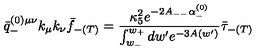
\bar { q } _ { - } ^ { ( 0 ) \mu \nu } k _ { \mu } k _ { \nu } \bar { f } _ { - ( T ) } = \frac { \kappa _ { 5 } ^ { 2 } e ^ { - 2 A _ { -- } \alpha _ { - } ^ { ( 0 ) } } } { \int _ { w _ { - } } ^ { w _ { + } } d w ^ { \prime } e ^ { - 3 A ( w ^ { \prime } ) } } \bar { \tau } _ { - ( T ) }